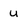
Character: u